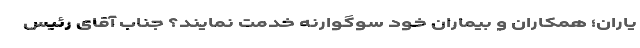
یاران؛ همکاران و بیماران خود سوگوارنه خدمت نمایند؟ جناب آقای رئیس